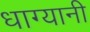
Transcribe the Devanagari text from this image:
धाग्यानी